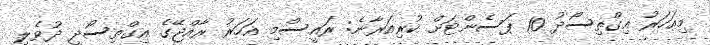
މިއަހަރު އިގްތިސޯދު 10 ޕަސެންޓަށް ކުރިއަރާނެ: ރައީސްމި އަހަރު ރާއްޖޭގެ އިގްތިސޯދީ ދުވެލި